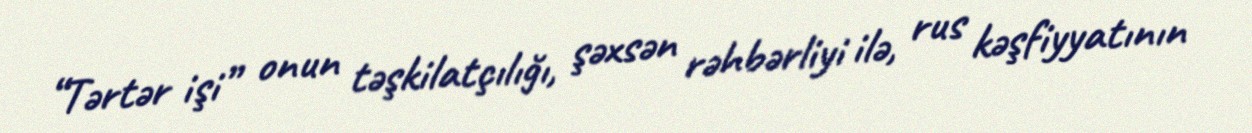
“Tərtər işi” onun təşkilatçılığı, şəxsən rəhbərliyi ilə, rus kəşfiyyatının